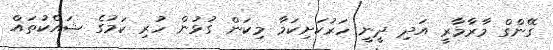
ގޭންގް މާރާމާރީ އަދި ދީނީ ހަރުކަށިކަމާ މިކަން ގުޅުން ހުރި ކަމުގެ ޝައްކުތައް